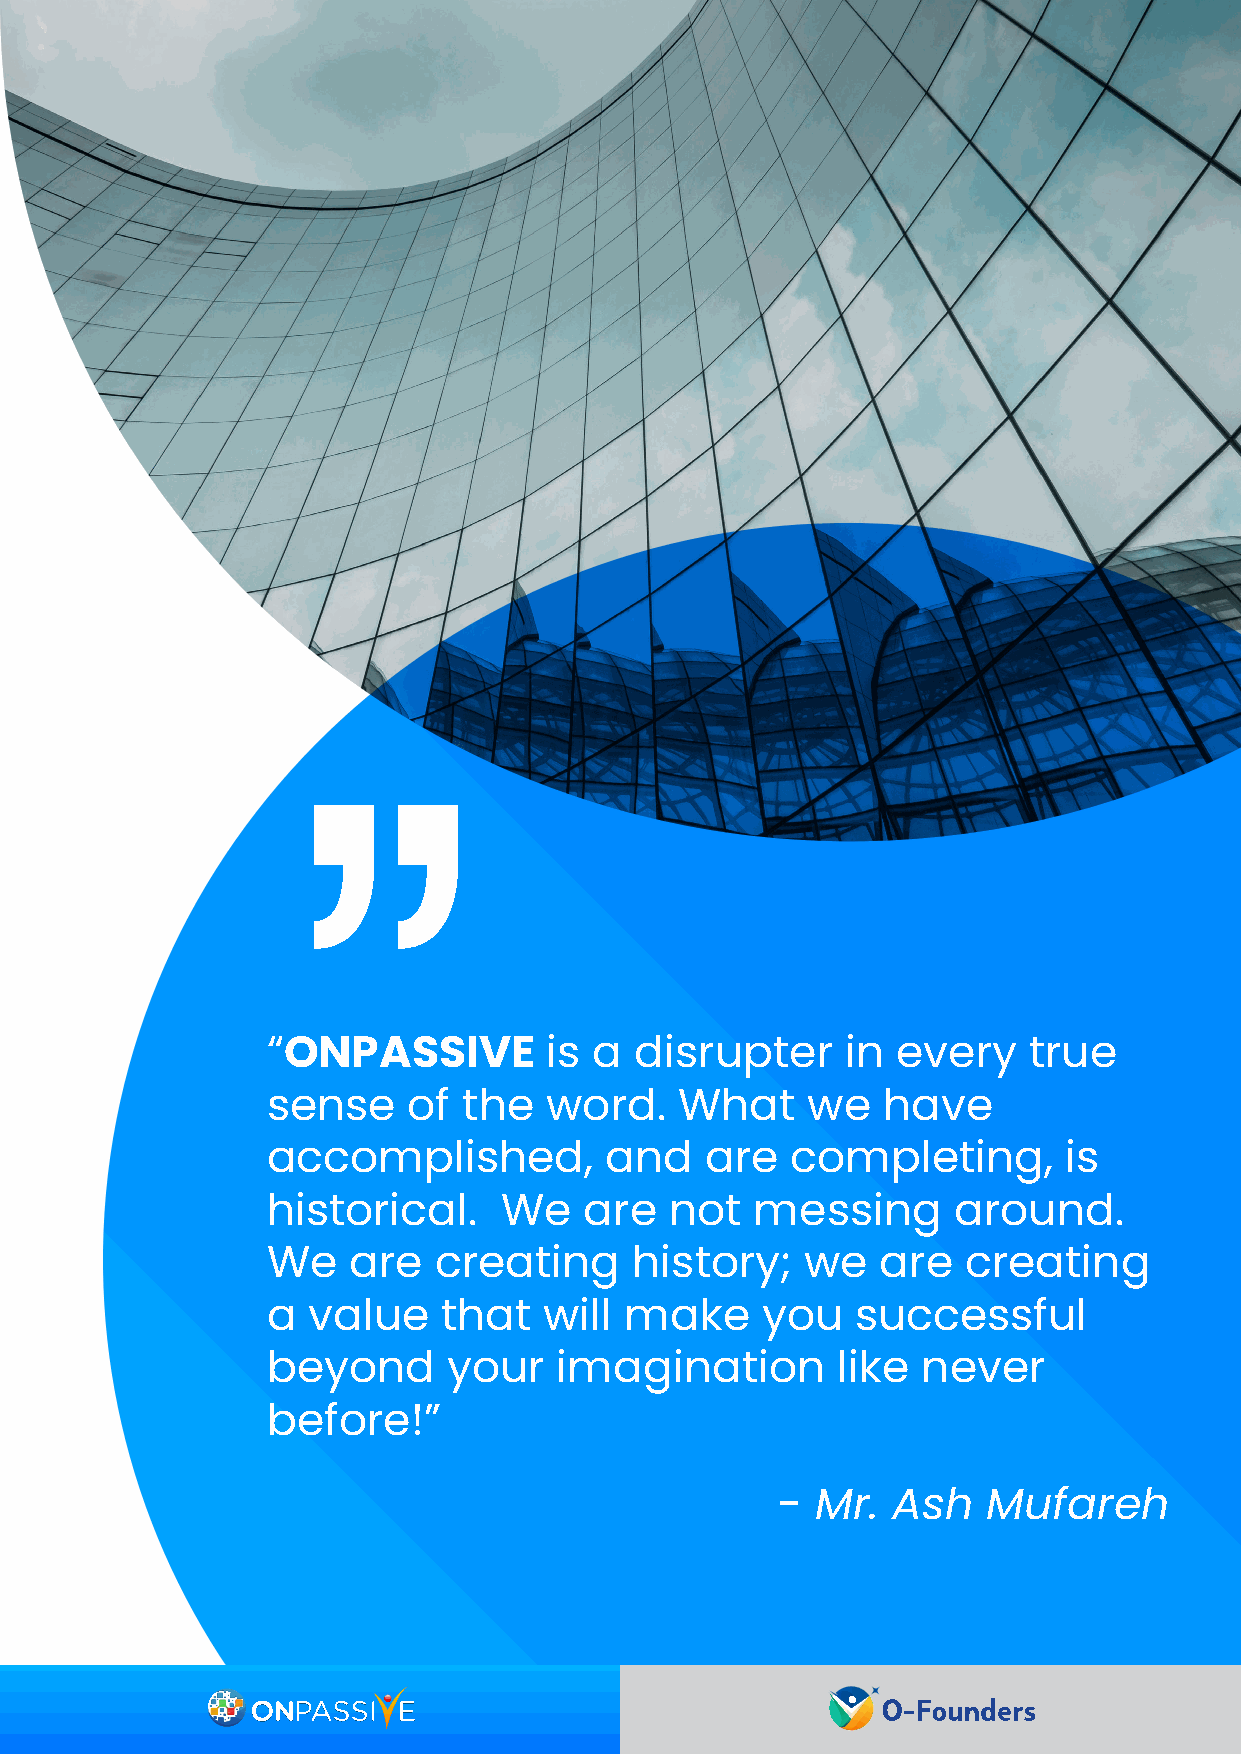
“ONPASSIVE        is a  disrupter     in every    true
 sense    of  the  word.    What    we   have
 accomplished,         and    are  completing,       is
 historical.    We    are  not   messing      around.
 We   are   creating     history;   we   are   creating
 a value    that   will make     you    successful
 beyond      your   imagination       like  never
 before!”
 -  Mr.  Ash   Mufareh